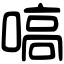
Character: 嗃